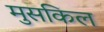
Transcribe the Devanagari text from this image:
मुसकिल